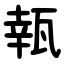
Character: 㼬